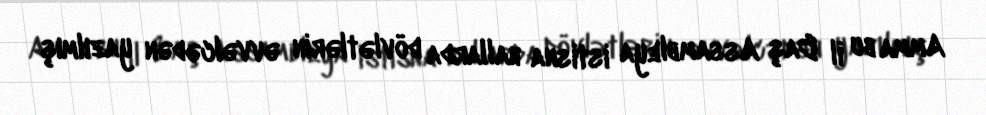
Amma bu il Baş Assambleya istisna hallarda dövlətlərin əvvəlcədən yazılmış